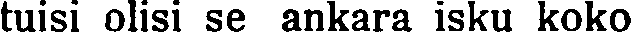
tuisi olisi se ankara isku koko